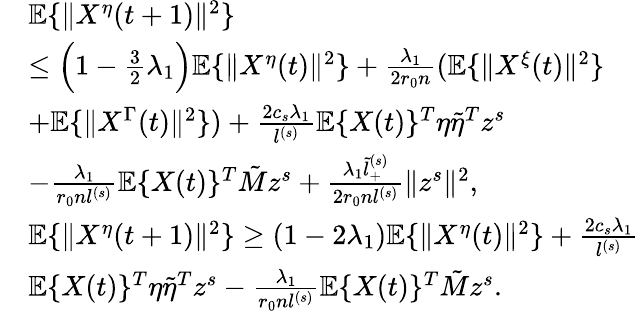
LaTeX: \begin{array}{rl}&{\mathbb{E}\{ \| X^{\eta}(t+1)\| ^{2}\} }\\ &{\le\Big(1-\frac 32\lambda_{1}\Big)\mathbb{E}\{ \| X^{\eta}(t)\| ^{2}\} +\frac{\lambda_{1}}{2r_{0}n}(\mathbb{E}\{ \| X^{\xi}(t)\| ^{2}\} }\\ &{+\mathbb{E}\{ \| X^{\Gamma}(t)\| ^{2}\} )+\frac{2c_{s}\lambda_{1}}{l^{(s)}}\mathbb{E}\{ X(t)\} ^{T}\eta\tilde{\eta}^{T}z^{s}}\\ &{-\frac{\lambda_{1}}{r_{0}nl^{(s)}}\mathbb{E}\{ X(t)\} ^{T}\tilde{M}z^{s}+\frac{\lambda_{1}\tilde{l}_{+}^{(s)}}{2r_{0}nl^{(s)}}\| z^{s}\| ^{2},}\\ &{\mathbb{E}\{ \| X^{\eta}(t+1)\| ^{2}\} \ge(1-2\lambda_{1})\mathbb{E}\{ \| X^{\eta}(t)\| ^{2}\} +\frac{2c_{s}\lambda_{1}}{l^{(s)}}}\\ &{\mathbb{E}\{ X(t)\} ^{T}\eta\tilde{\eta}^{T}z^{s}-\frac{\lambda_{1}}{r_{0}nl^{(s)}}\mathbb{E}\{ X(t)\} ^{T}\tilde{M}z^{s}.}\end{array}